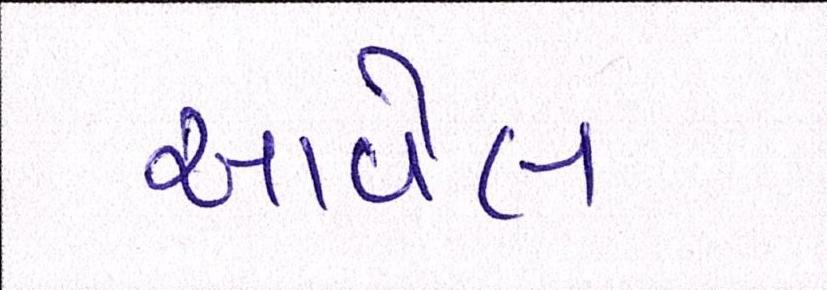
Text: આવેલ